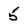
Character: 5